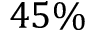
4 5 \%